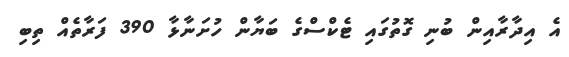
އެ އިދާރާއިން ބުނި ގޮތުގައި ޓެކްސްގެ ބަޔާން ހުށަނާޅާ 390 ފަރާތެއް ތިބި